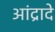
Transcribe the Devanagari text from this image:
आंद्रादे